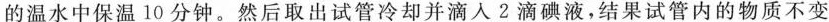
的温水中保温10分钟。然后取出试管冷却并滴入2滴碘液，结果试管内的物质不变